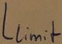
Text: Llimit